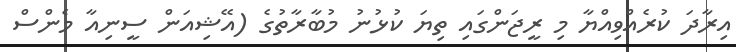
އިރާދަ ކުރެއްވިއްޔާ މި ރީޖަންގައި ތިޔަ ކުޅުނު މުބާރާތުގެ (އޭޝިއަން ސީނިއާ މެންސް